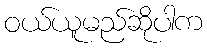
ဝယ်ယူမည်ဆိုပါက